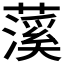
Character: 𬞥